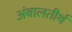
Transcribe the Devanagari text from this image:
अंबालतीर्थ